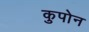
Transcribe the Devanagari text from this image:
कुपोन